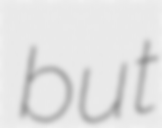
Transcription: but